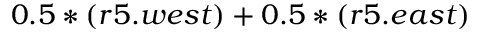
0 . 5 * ( r 5 . w e s t ) + 0 . 5 * ( r 5 . e a s t )